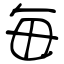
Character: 毎